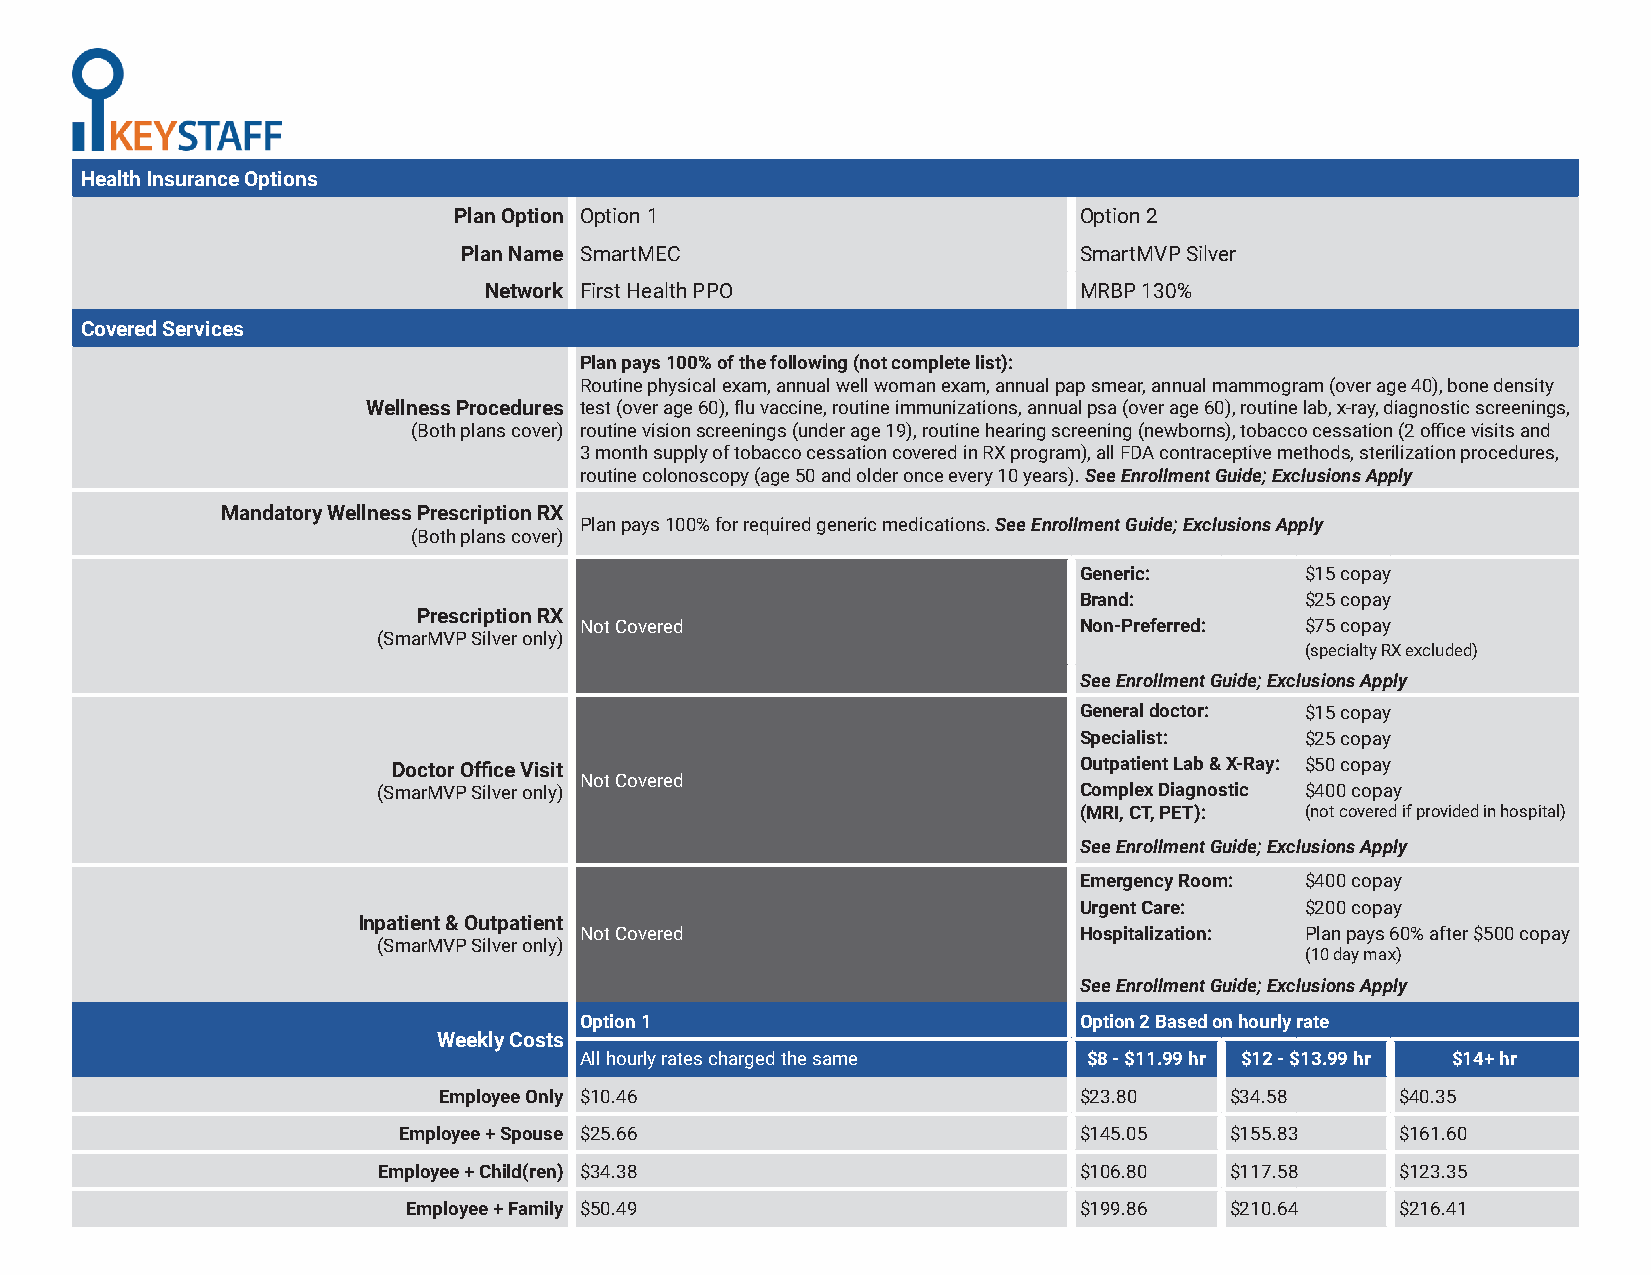
Health Insurance Options
 Plan Option Option 1                     Option 2
 Plan Name SmartMEC                      SmartMVP Silver
 Network First Health PPO               MRBP 130%
 Covered Services
 Plan pays 100% of the following (not complete list):
 Routine physical exam, annual well woman exam, annual pap smear, annual mammogram (over age 40), bone density
 Wellness Procedures test (over age 60), flu vaccine, routine immunizations, annual psa (over age 60), routine lab, x-ray, diagnostic screenings,
 (Both plans cover) routine vision screenings (under age 19), routine hearing screening (newborns), tobacco cessation (2 office visits and
 3 month supply of tobacco cessation covered in RX program), all FDA contraceptive methods, sterilization procedures,
 routine colonoscopy (age 50 and older once every 10 years). See Enrollment Guide; Exclusions Apply
 Mandatory Wellness Prescription RX
 Plan pays 100% for required generic medications. See Enrollment Guide; Exclusions Apply
 (Both plans cover)
 Generic:       $15 copay
 Brand:         $25 copay
 Prescription RX
 Not Covered                      Non-Preferred: $75 copay
 (SmarMVP Silver only)
 (specialty RX excluded)
 See Enrollment Guide; Exclusions Apply
 General doctor: $15 copay
 Specialist:    $25 copay
 Doctor Office Visit                          Outpatient Lab & X-Ray: $50 copay
 Not Covered
 (SmarMVP Silver only)                         Complex Diagnostic $400 copay
 (MRI, CT, PET): (not covered if provided in hospital)
 See Enrollment Guide; Exclusions Apply
 Emergency Room: $400 copay
 Urgent Care:   $200 copay
 Inpatient & Outpatient
 Not Covered                      Hospitalization: Plan pays 60% after $500 copay
 (SmarMVP Silver only)
 (10 day max)
 See Enrollment Guide; Exclusions Apply
 Option 1                         Option 2 Based on hourly rate
 Weekly Costs
 All hourly rates charged the same $8 - $11.99 hr $12 - $13.99 hr $14+ hr
 Employee Only $10.46                      $23.80    $34.58      $40.35
 Employee + Spouse $25.66                     $145.05   $155.83     $161.60
 Employee + Child(ren) $34.38                  $106.80   $117.58     $123.35
 Employee + Family $50.49                    $199.86   $210.64     $216.41